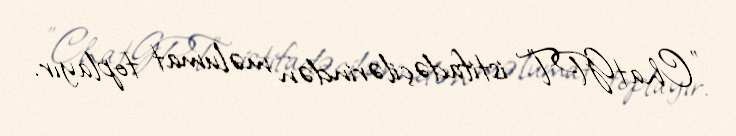
"ChatGPT" istifadəçilərindən məlumat toplayır.